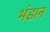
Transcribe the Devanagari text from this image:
भंडान